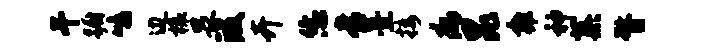
干蹰鸣边榱畏段卉恁常薹接病昆雍神蕖瞀